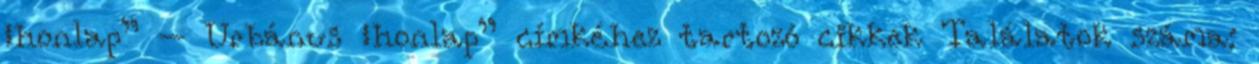
„honlap” – Urbánus „honlap” címkéhez tartozó cikkek Találatok száma: